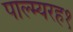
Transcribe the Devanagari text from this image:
पाल्म्यरह१